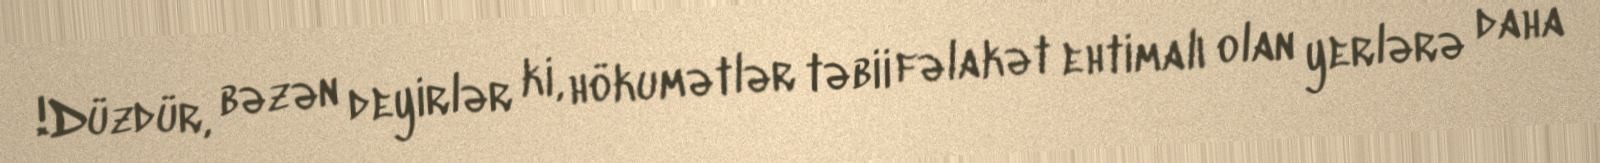
!Düzdür, bəzən deyirlər ki, hökumətlər təbii fəlakət ehtimalı olan yerlərə daha